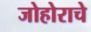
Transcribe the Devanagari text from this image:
जोहोराचे